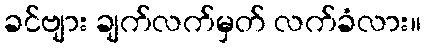
ခင်ဗျား ချက်လက်မှတ် လက်ခံလား။